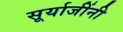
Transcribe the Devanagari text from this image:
सूर्याजींनी